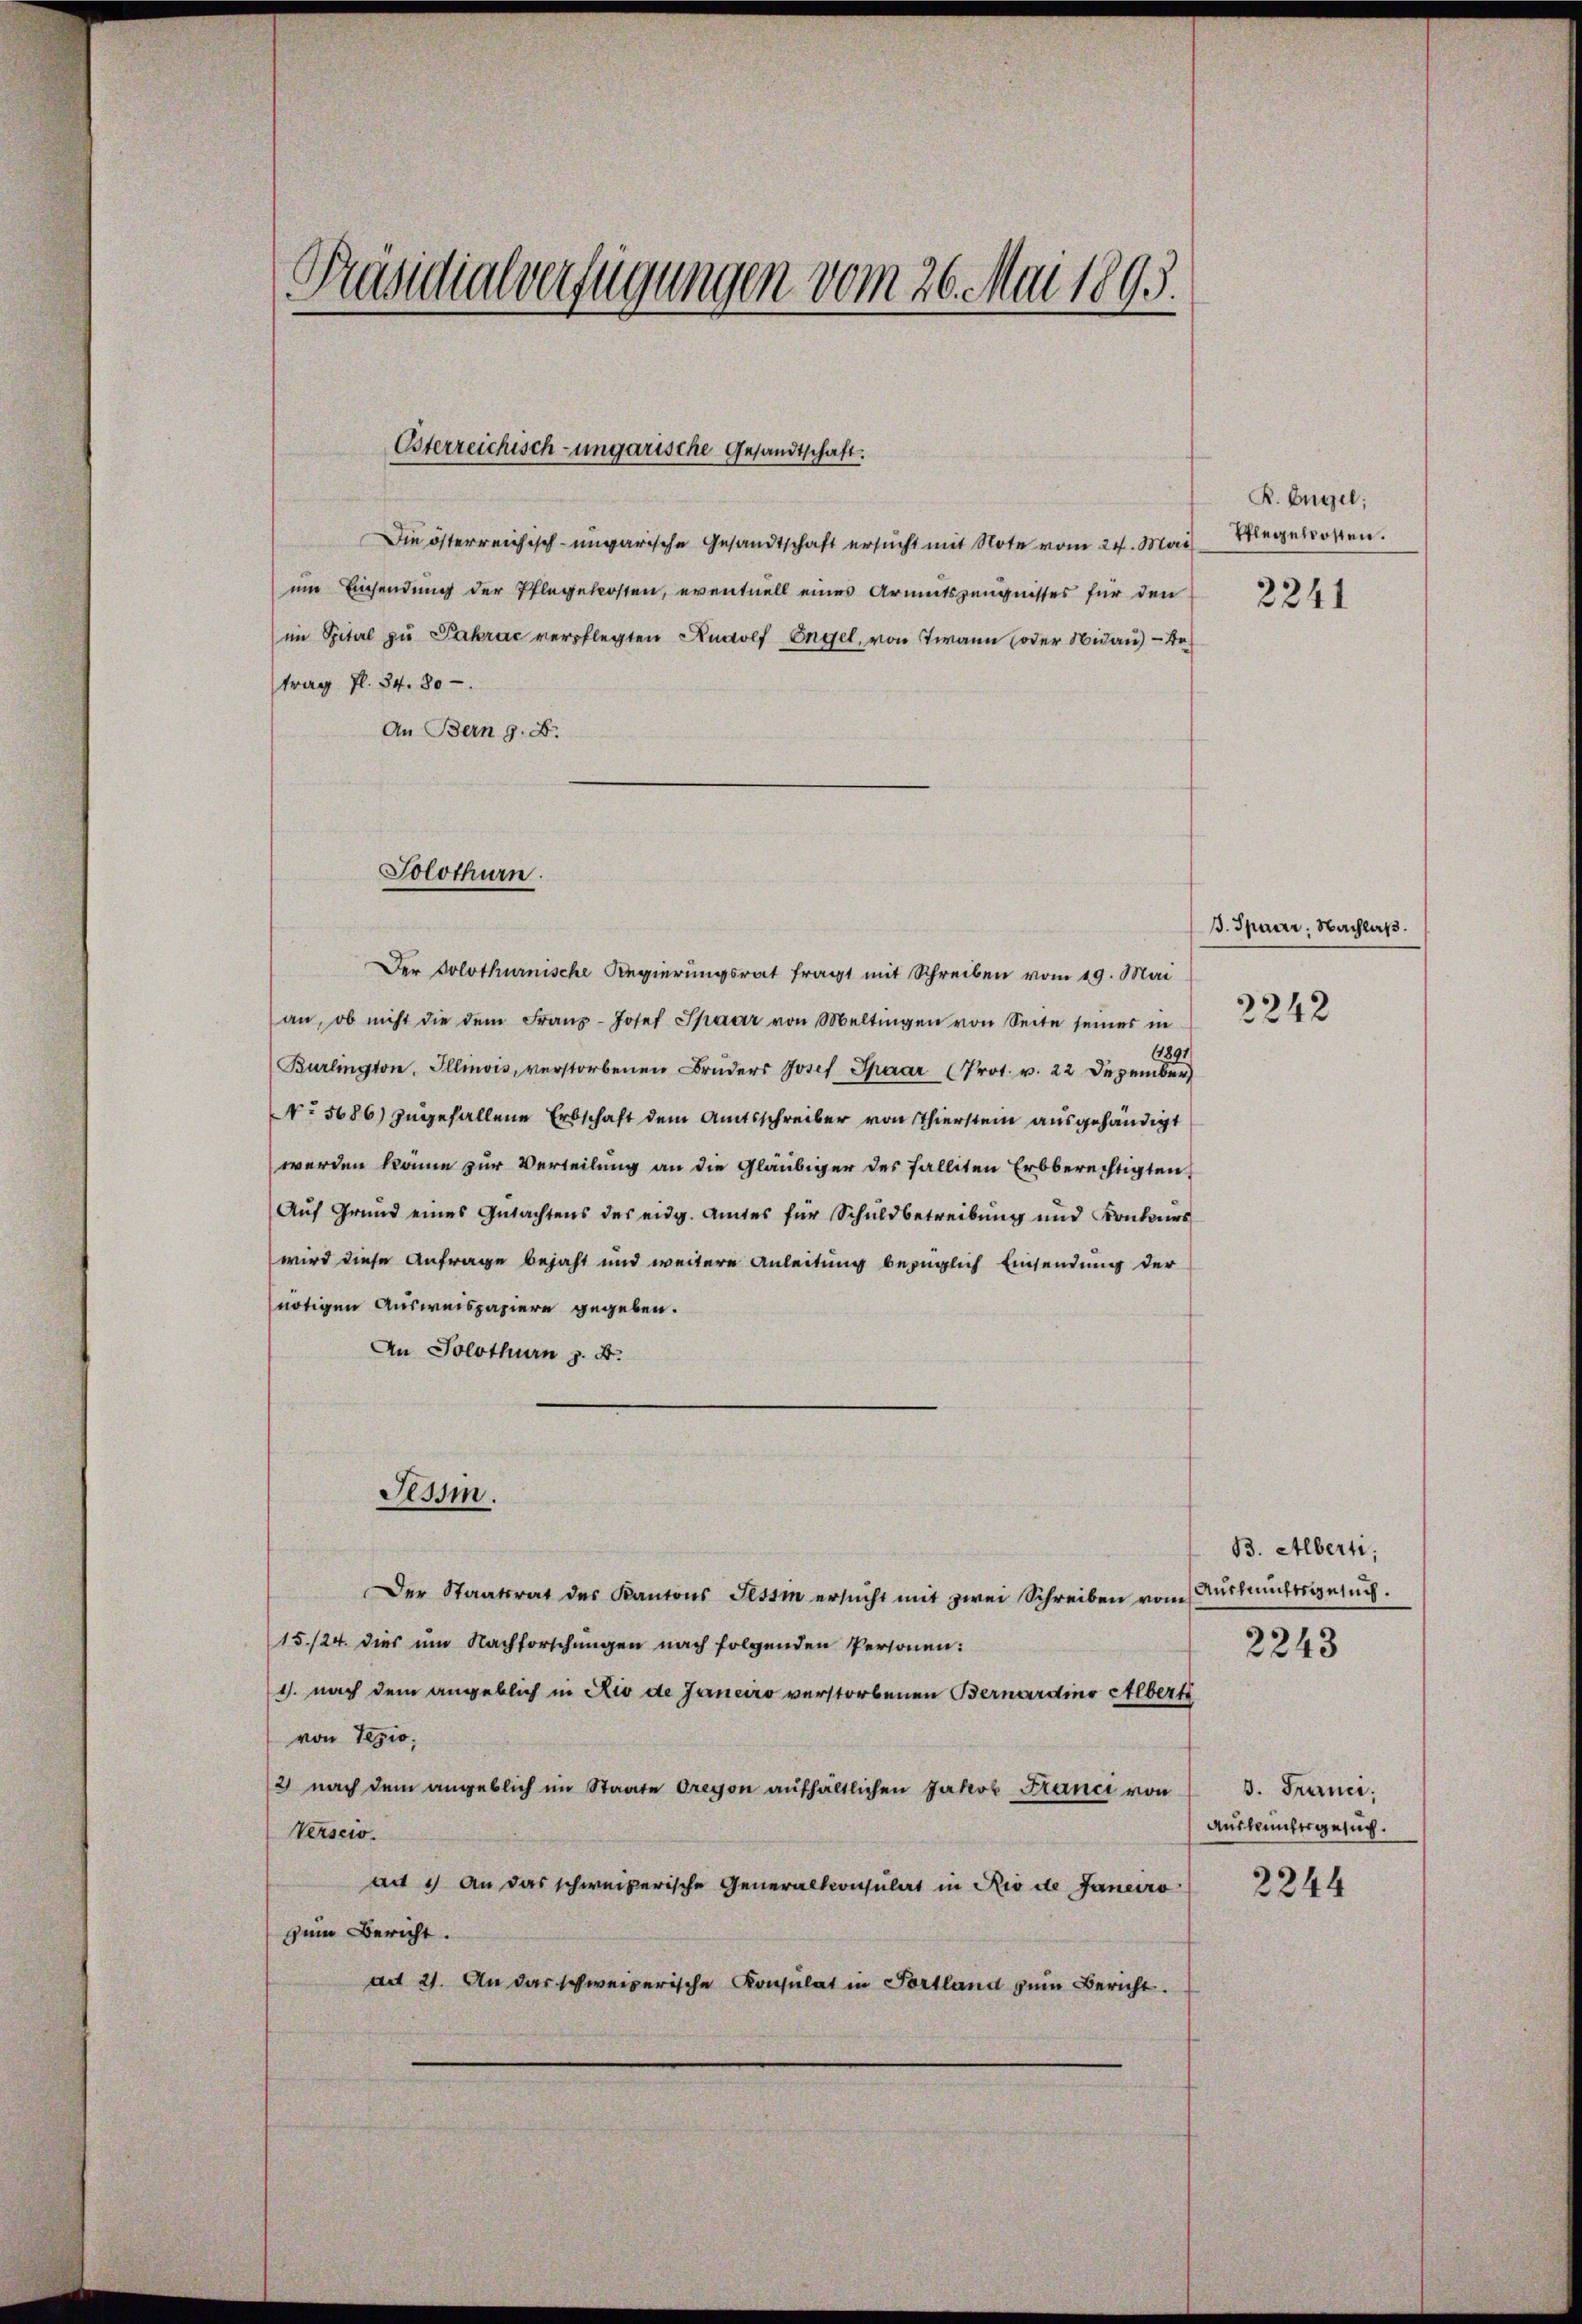
Präsidialverfügungen vom 26. Mai 1895.

Osterreichisch-ungarische Gesandtschaft.

Die österreichisch-ungarische Gesandtschaft ersucht mit Note vom 24. Mai
em Einsendung der Pflegekosten, eventuell eines Armutszeugnisses für den
im Spital zu Pakrac verpflegten Rudolf Engel, von Twann oder Nidau) — De
trag fl. 34. 80 -
An Bern z. B.

Solothurn.

Tessin.

No 5686) zugefallene Erbschaft dem Amtsschreiber von Thierstein ausgehändigt
werden könne zur Verteilung an die Gläubiger des Falliten Erbberechtigten
Auf Grund eines Gutachtens des eidg. Amtes für Schuldbetreibung und Konkurs
wird diese Anfrage bejaht und weitere Anleitung bezüglich Einsendung der
nötigen Ausweispapiere gegeben.
An Solothurn z. B.
Der Staatsrat des Kantons Tessin ersŭcht mit zwei Schreiben vom
15./24. dies um Nachforschungen nach folgenden Personen:
1. nach dem angeblich in Rio de Janeiro verstorbenen Bernardino Albert
von Tegio,
2 nach dem angeblich im Staate dreyon aufhaltlichen Jakob France von
Verscio.
au 1 an das schweizerische Generalkonsulat in Rio de Janeiro
zum Bericht.
mit 21. An das schweizerische Konsulat in Fortland zŭm Bericht.

R. Engel;
Pflegetrosten.

Der Solothurnische Regierungsrat fragt mit Schreiben vom 19. Mai
an, ob nicht die dem Franz-Josef Spaar von Meltingen von Seite seines in
189.
Burlington, Illinois, verstorbenen Bruders Josef Spaar (Prot. v. 22 Dezember

2241

J. Spaar, Nachlaß.
2242

B. Alberti,
Auskunftsgesuch.
2243

3. Franci
Auskunftsgesuch.

2244